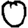
Digit: 0